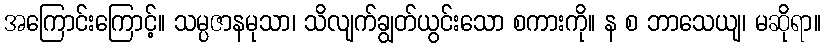
အကြောင်းကြောင့်။ သမ္ပဇာနမုသာ၊ သိလျက်ချွတ်ယွင်းသော စကားကို။ န စ ဘာသေယျ၊ မဆိုရာ။